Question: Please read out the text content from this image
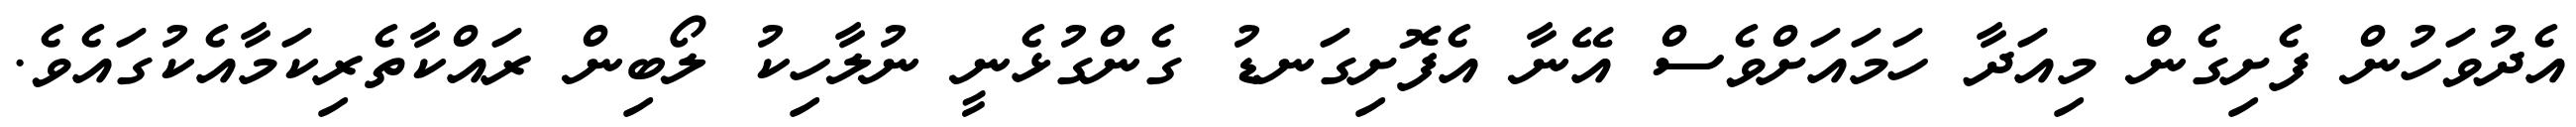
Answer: އެދުވަހުން ފެށިގެން މިއަދާ ހަމައަށްވެސް އޭނާ އެފޮށިގަނޑު ގެންގުޅެނީ ނުލާހިކު ލޯބިން ރައްކާތެރިކަމާއެކުގައެވެ.